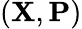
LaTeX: (\mathbf{X},\mathbf{P})